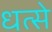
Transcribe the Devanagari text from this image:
धत्से